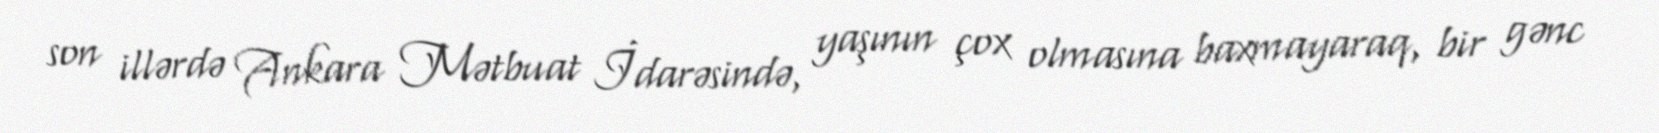
son illərdə Ankara Mətbuat İdarəsində, yaşının çox olmasına baxmayaraq, bir gənc